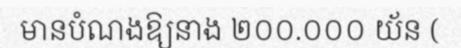
មានបំណងឱ្យនាង ២០០.០០០ យ័ន (